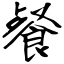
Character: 餐